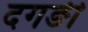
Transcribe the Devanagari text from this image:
दगङी